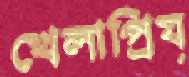
খেলাপ্রিয়